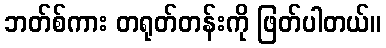
ဘတ်စ်ကား တရုတ်တန်းကို ဖြတ်ပါတယ်။